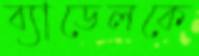
ব্যাডেলকে